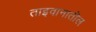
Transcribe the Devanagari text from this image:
ताइवानातील